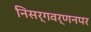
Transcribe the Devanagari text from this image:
निसर्गवर्णनपर